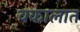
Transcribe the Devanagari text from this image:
वकालात